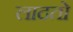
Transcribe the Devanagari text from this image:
लादतो